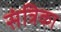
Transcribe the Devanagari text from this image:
संत्रिका